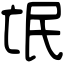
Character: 氓